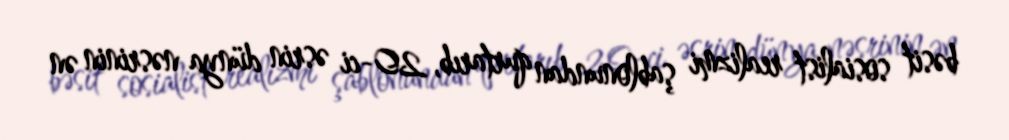
bəsit sosialist realizmi şablonundan qurtarıb, 20-ci əsrin dünya nəsrinin ən